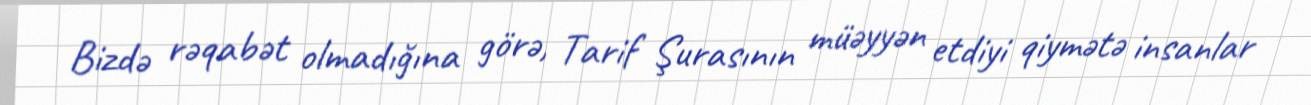
Bizdə rəqabət olmadığına görə, Tarif Şurasının müəyyən etdiyi qiymətə insanlar